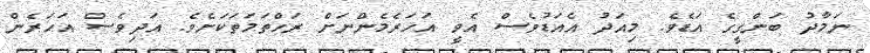
ނަމާދު ބަންގީގެ އަޑެވެ. މިއަދު އެއަޑުވެސް އެވީ އަހަރެމެންނަށް ރަހްތަމަތަކަށެވެ. އަދިވެސް އަހަރެން